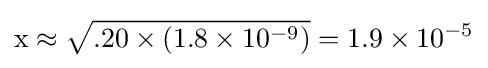
\mathrm {x} \approx {\sqrt {.20\times (1.8\times 10^{-9})}}=1.9\times 10^{-5}